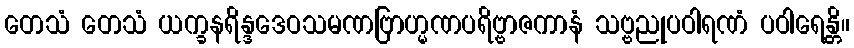
တေသံ တေသံ ယက္ခနရိန္ဒဒေဝသမဏဗြာဟ္မဏပရိဗ္ဗာဇကာနံ သဗ္ဗညုပဝါရဏံ ပဝါရေန္တိ။